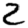
Digit: 2